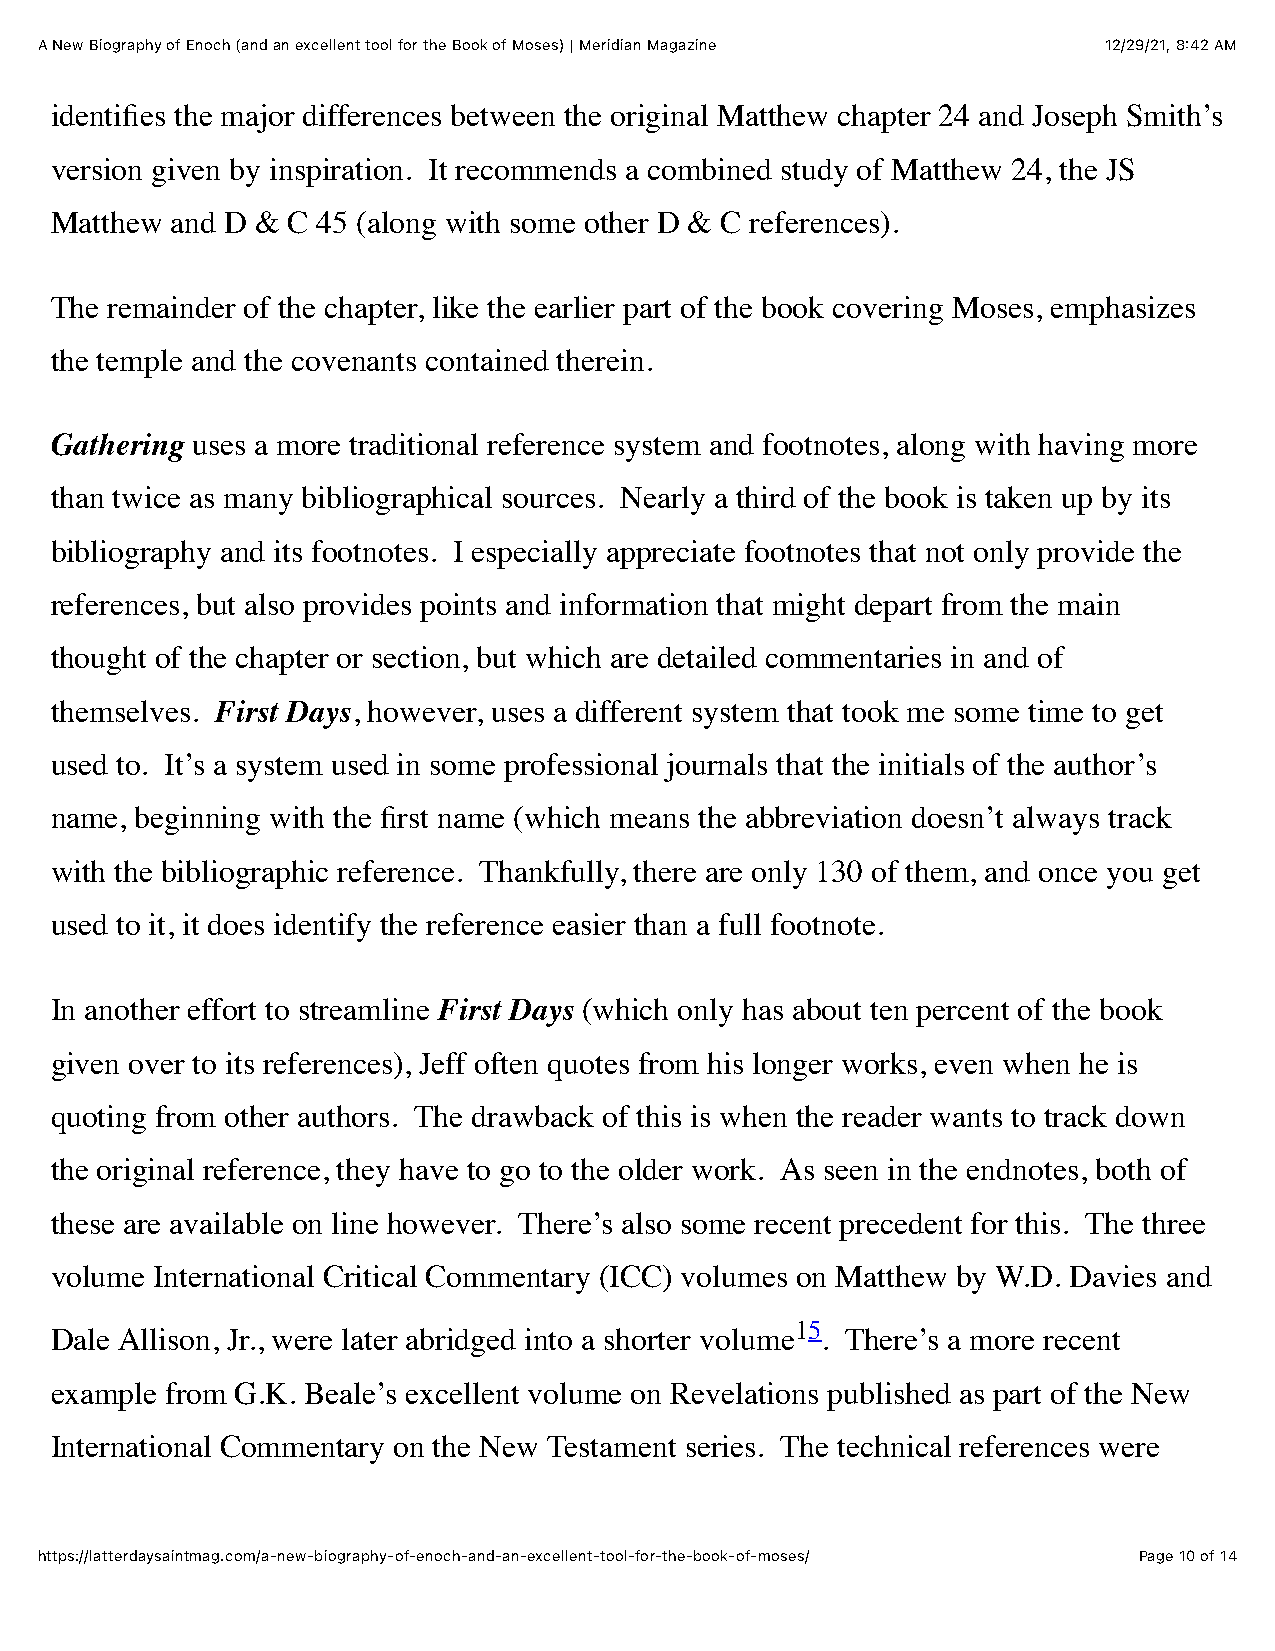
A New Biography of Enoch (and an excellent tool for the Book of Moses) | Meridian Magazine 12/29/21, 8:42 AM
 identifies the major differences between the original Matthew chapter 24 and Joseph Smith’s
 version given by inspiration. It recommends a combined study of Matthew 24, the JS
 Matthew and D & C 45 (along with some other D & C references).
 The remainder of the chapter, like the earlier part of the book covering Moses, emphasizes
 the temple and the covenants contained therein.
 Gathering uses a more traditional reference system and footnotes, along with having more
 than twice as many bibliographical sources. Nearly a third of the book is taken up by its
 bibliography and its footnotes. I especially appreciate footnotes that not only provide the
 references, but also provides points and information that might depart from the main
 thought of the chapter or section, but which are detailed commentaries in and of
 themselves. First Days, however, uses a different system that took me some time to get
 used to. It’s a system used in some professional journals that the initials of the author’s
 name, beginning with the first name (which means the abbreviation doesn’t always track
 with the bibliographic reference. Thankfully, there are only 130 of them, and once you get
 used to it, it does identify the reference easier than a full footnote.
 In another effort to streamline First Days (which only has about ten percent of the book
 given over to its references), Jeff often quotes from his longer works, even when he is
 quoting from other authors. The drawback of this is when the reader wants to track down
 the original reference, they have to go to the older work. As seen in the endnotes, both of
 these are available on line however. There’s also some recent precedent for this. The three
 volume International Critical Commentary (ICC) volumes on Matthew by W.D. Davies and
 15
 Dale Allison, Jr., were later abridged into a shorter volume . There’s a more recent
 example from G.K. Beale’s excellent volume on Revelations published as part of the New
 International Commentary on the New Testament series. The technical references were
 https://latterdaysaintmag.com/a-new-biography-of-enoch-and-an-excellent-tool-for-the-book-of-moses/ Page 10 of 14